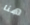
هنا